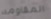
المقاومه